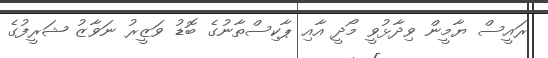
ރައީސް ޔާމީން ވިދާޅުވީ މޯދީ އާއި ޕާކިސްތާނުގެ ބޮޑު ވަޒީރު ނަވާޒު ޝަރީފުގެ